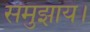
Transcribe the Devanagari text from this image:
समुझाय।